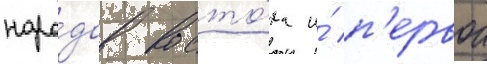
наро́дов восто́ка и́ п'ервои